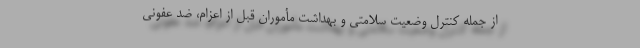
از جمله کنترل وضعیت سلامتی و بهداشت مأموران قبل از اعزام، ضد عفونی